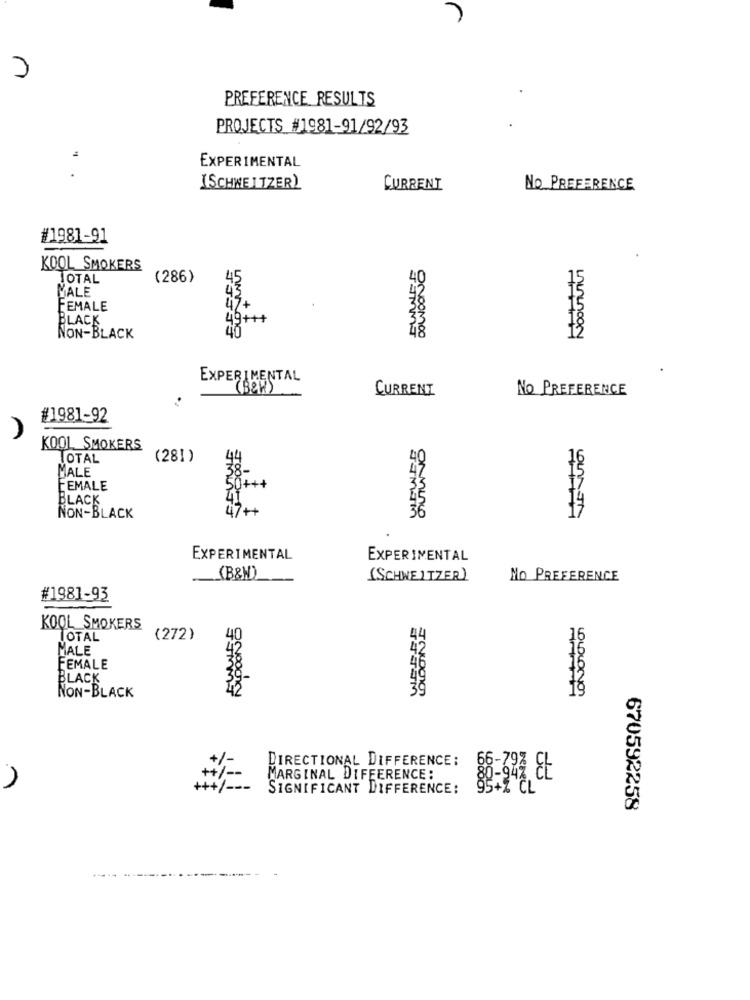
PREFERENCE RESULTS
PROJECTS #1981-91/92/93
EXPERIMENTAL
[SCHWEITZER)
CURRENT
No PREFERENCE
#1981-91
KOOL SMOKERS
TOTAL
(286)
45
15
MALE
FEMALE
BLACK
19+
48
NON-BLACK
EXPERIMENTAL
(BOH)
CURRENT
NO PREFERENCE
#1981-92
KOOL SMOKERS
TOTAL
(281)
44
40
16
38-
47
MALE
FEMALE
50+ ++
BLACK
41
47++
36
NON-BLACK
EXPERIMENTAL
EXPERIMENTAL
(B&W)
(SCHWEITZER)
No PREFERENCE
#1981-93
KOOL SMOKERS
TOTAL
(272)
40
16
MALE
42
15
FEMALE
BLACK
NON-BLACK
DIRECTIONAL DIFFERENCE:
per
MARGINAL DIFFERENCE:
SIGNIFICANT DIFFERENCE:
95+% CL
670592258